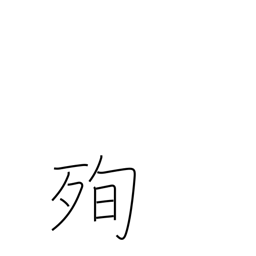
Meaning: martyrdom